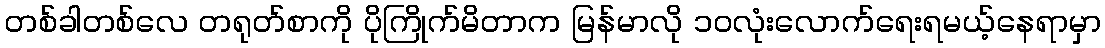
တစ်ခါတစ်လေ တရုတ်စာကို ပိုကြိုက်မိတာက မြန်မာလို ၁ဝလုံးလောက်ရေးရမယ့်နေရာမှာ